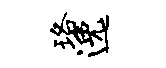
珞逸